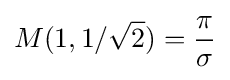
M(1,1/{\sqrt {2}})={\frac {\pi }{\sigma }}